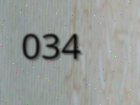
034